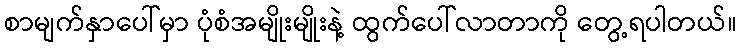
စာမျက်နှာပေါ်မှာ ပုံစံအမျိုးမျိုးနဲ့ ထွက်ပေါ်လာတာကို တွေ့ရပါတယ်။